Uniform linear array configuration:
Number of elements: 12
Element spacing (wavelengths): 0.75
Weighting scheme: kaiser
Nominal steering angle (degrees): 0
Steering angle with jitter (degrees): -1.291
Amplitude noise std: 0.05
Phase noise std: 0.05

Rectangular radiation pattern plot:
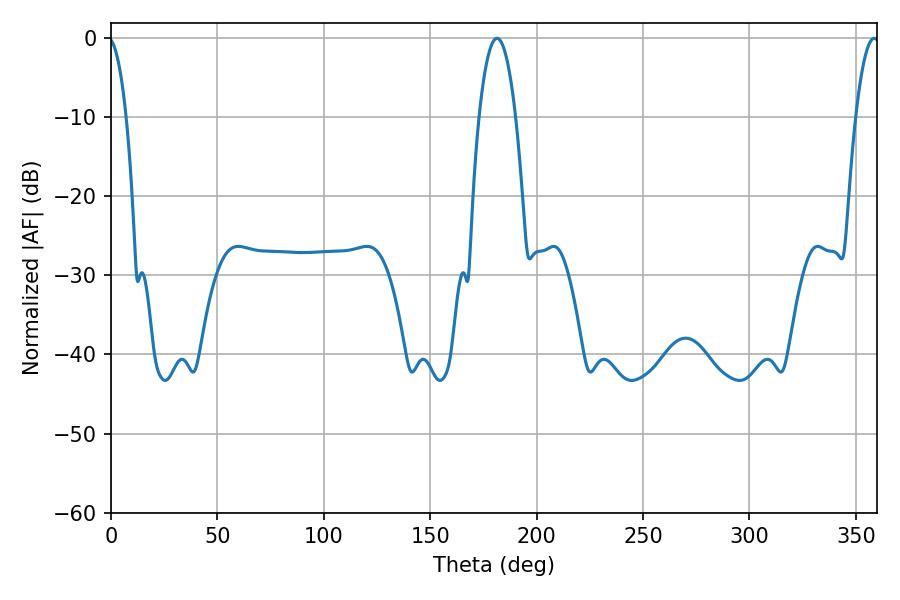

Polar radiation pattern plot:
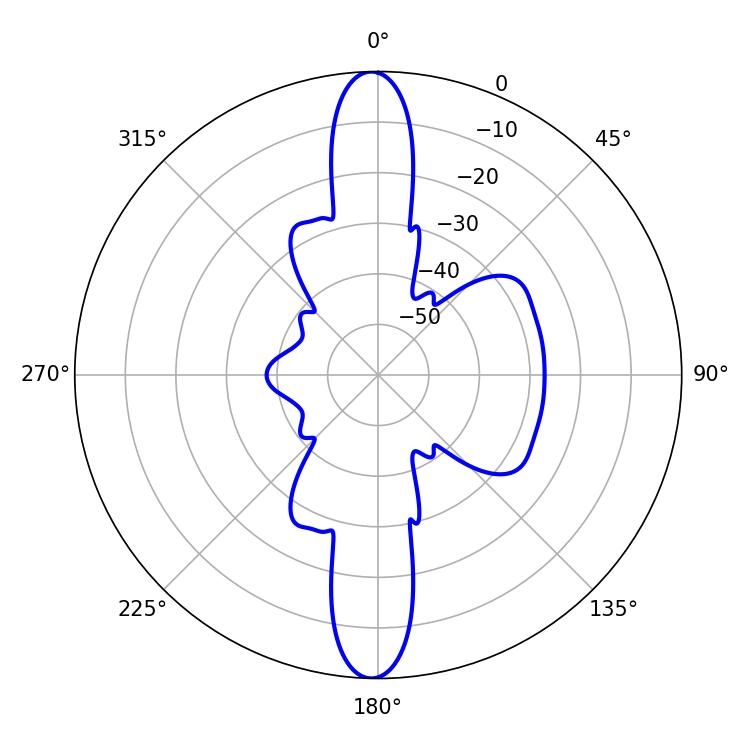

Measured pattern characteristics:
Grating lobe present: TRUE
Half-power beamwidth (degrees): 9.54
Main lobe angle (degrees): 181.44